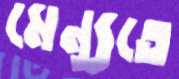
মেন্যুতে